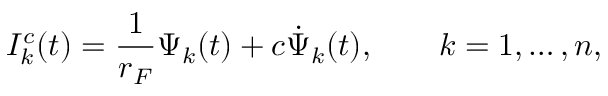
I _ { k } ^ { c } ( t ) = \frac { 1 } { r _ { F } } \Psi _ { k } ( t ) + c \dot { \Psi } _ { k } ( t ) , \qquad k = 1 , \ldots , n ,